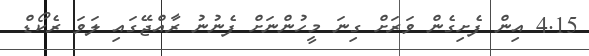
4.15 އިން ފެށިގެން ވަރަށް ގިނަ މީހުންނަށް ފެނުނު ރާއްޖޭގައި ލަވަ ރެކޯޑް